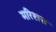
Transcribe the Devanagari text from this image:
मरिशस